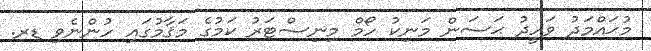
މުޙައްމަދު ވަހީދު ޙަސަން މަނިކު ހޯމް މިނިސްޓަރު ކަމުގެ މަޤާމުގައި ހުންނެވި ޑރ.